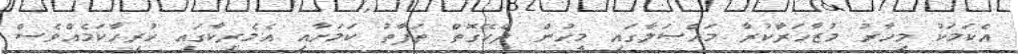
އެކަމަކު މިހާރު މުޒާހަރާކުރާ މައްސަލާގައި މީހުން ދެކޭގޮތް ތަފާތު ކަމަށާއި އެމެރިކާގައި ހުރިހާކަމެއްވެސް